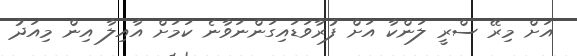
އަށް މިރޭ ސްރީ ލަންކާ އަށް ފުރާވަޑައިގަންނަވާނެ ކަމަށް އާއިލާ އިން މިއަދު